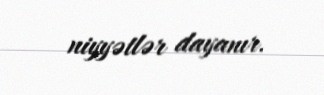
niyyətlər dayanır.